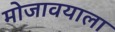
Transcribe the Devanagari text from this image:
मोजावयाला